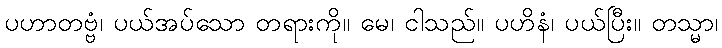
ပဟာတဗ္ဗံ၊ ပယ်အပ်သော တရားကို။ မေ၊ ငါသည်။ ပဟိနံ၊ ပယ်ပြီး။ တသ္မာ၊